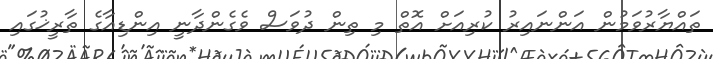
ތައްޔާރުވަމުން އަންނައިރު ކުރިއަށް އޮތް މި ތިން ދުވަސް ވެގެންދާނީ އިންޑިއާގެ ތާރީޚުގައި